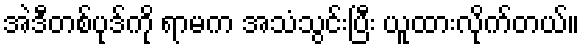
အဲဒီတစ်ပုဒ်ကို ရာမက အသံသွင်းပြီး ယူထားလိုက်တယ်။